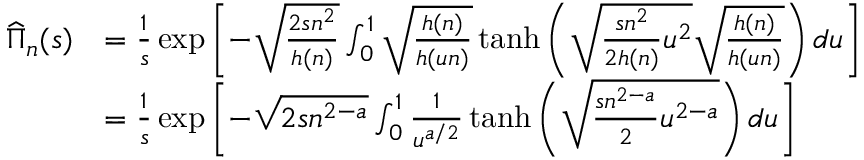
\begin{array} { r l } { \widehat { \Pi } _ { n } ( s ) } & { = \frac { 1 } { s } \exp \left[ - \sqrt { \frac { 2 s n ^ { 2 } } { h ( n ) } } \int _ { 0 } ^ { 1 } \sqrt { \frac { h ( n ) } { h ( u n ) } } \operatorname { t a n h } \left( \sqrt { \frac { s n ^ { 2 } } { 2 h ( n ) } u ^ { 2 } } \sqrt { \frac { h ( n ) } { h ( u n ) } } \right) d u \right] } \\ & { = \frac { 1 } { s } \exp \left[ - \sqrt { 2 s n ^ { 2 - a } } \int _ { 0 } ^ { 1 } \frac { 1 } { u ^ { a / 2 } } \operatorname { t a n h } \left( \sqrt { \frac { s n ^ { 2 - a } } { 2 } u ^ { 2 - a } } \right) d u \right] } \end{array}